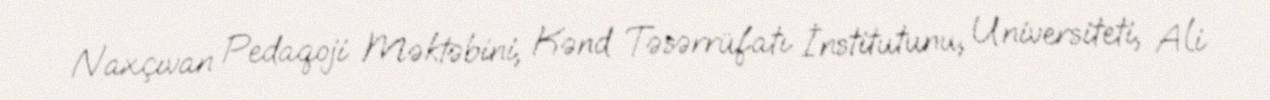
Naxçıvan Pedaqoji Məktəbini, Kənd Təsərrüfatı İnstitutunu, Universiteti, Ali